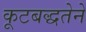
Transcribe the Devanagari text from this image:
कूटबद्धतेने